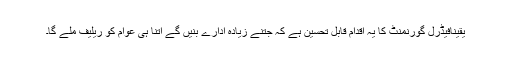
یقیناََفیڈرل گورنمنٹ کا یہ اقدام قابل تحسین ہے کہ جتنے زیادہ ادارے بنیں گے اتنا ہی عوام کو ریلیف ملے گا۔